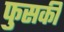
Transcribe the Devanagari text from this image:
फुसकी